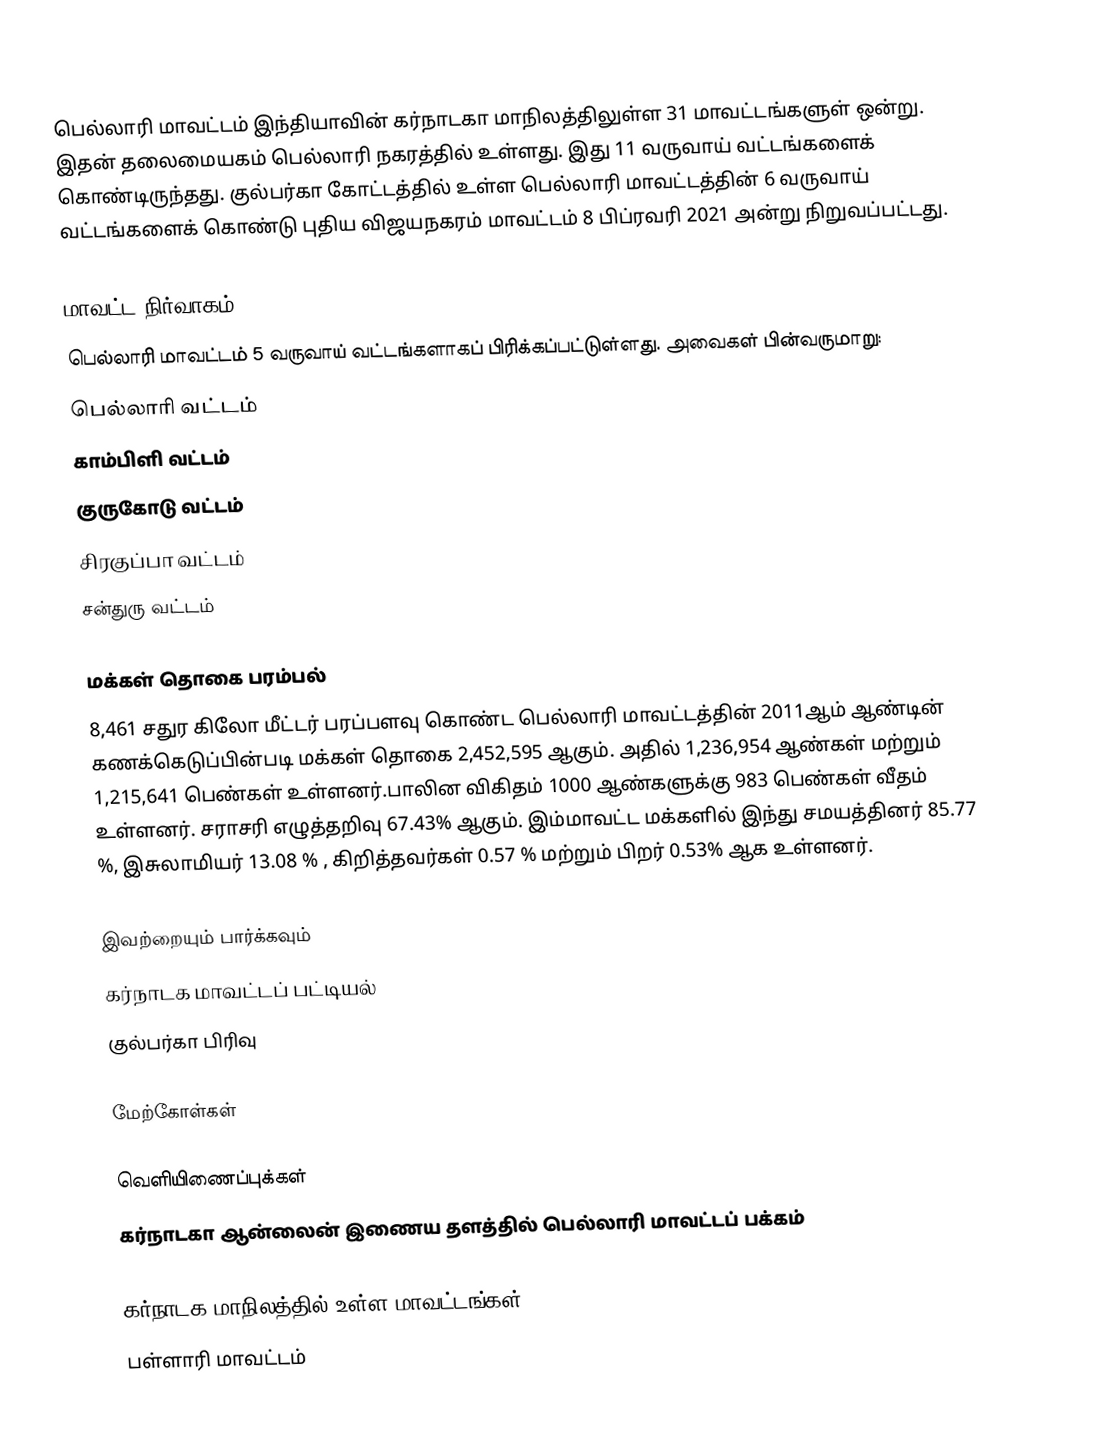
பெல்லாரி மாவட்டம் இந்தியாவின் கர்நாடகா மாநிலத்திலுள்ள 31  மாவட்டங்களுள் ஒன்று. இதன் தலைமையகம் பெல்லாரி நகரத்தில் உள்ளது. இது 11  வருவாய் வட்டங்களைக் கொண்டிருந்தது. குல்பர்கா கோட்டத்தில் உள்ள பெல்லாரி மாவட்டத்தின் 6  வருவாய் வட்டங்களைக் கொண்டு புதிய விஜயநகரம் மாவட்டம் 8 பிப்ரவரி 2021 அன்று நிறுவப்பட்டது.

மாவட்ட நிர்வாகம்
பெல்லாரி மாவட்டம் 5 வருவாய் வட்டங்களாகப் பிரிக்கப்பட்டுள்ளது. அவைகள் பின்வருமாறு:
 பெல்லாரி வட்டம்
 காம்பிளி வட்டம்
 குருகோடு வட்டம்
 சிரகுப்பா வட்டம்
 சன்துரு வட்டம்

மக்கள் தொகை பரம்பல்
8,461 சதுர கிலோ மீட்டர் பரப்பளவு கொண்ட பெல்லாரி மாவட்டத்தின் 2011ஆம் ஆண்டின் கணக்கெடுப்பின்படி மக்கள் தொகை 2,452,595 ஆகும். அதில்  1,236,954  ஆண்கள் மற்றும் 1,215,641 பெண்கள் உள்ளனர்.பாலின விகிதம் 1000 ஆண்களுக்கு 983  பெண்கள் வீதம் உள்ளனர். சராசரி எழுத்தறிவு 67.43% ஆகும். இம்மாவட்ட மக்களில் இந்து சமயத்தினர் 85.77 %, இசுலாமியர் 13.08 % , கிறித்தவர்கள் 0.57 % மற்றும் பிறர் 0.53% ஆக உள்ளனர்.

இவற்றையும் பார்க்கவும்
 கர்நாடக மாவட்டப் பட்டியல்
 குல்பர்கா பிரிவு

மேற்கோள்கள்

வெளியிணைப்புக்கள்
 கர்நாடகா ஆன்லைன் இணைய தளத்தில் பெல்லாரி மாவட்டப் பக்கம்

கர்நாடக மாநிலத்தில் உள்ள மாவட்டங்கள்
பள்ளாரி மாவட்டம்